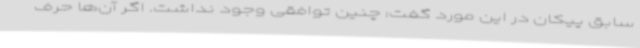
سابق پیکان در این مورد گفت: چنین توافقی وجود نداشت. اگر آن‌ها حرف